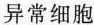
异常细胞